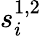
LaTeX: s_{i}^{1,2}